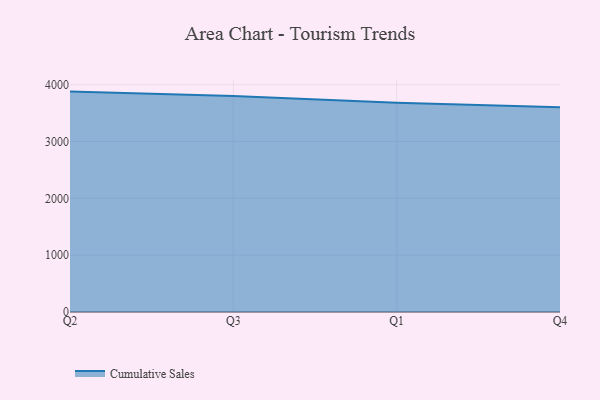
{"axis": {"x": "Quarter", "y": "Operating Costs (USD K)"}, "legend": ["Cumulative Sales"], "data": [{"x": "Q2", "y": 3878.4, "type": "Cumulative Sales"}, {"x": "Q3", "y": 3802.6, "type": "Cumulative Sales"}, {"x": "Q1", "y": 3680.3, "type": "Cumulative Sales"}, {"x": "Q4", "y": 3604.7, "type": "Cumulative Sales"}]}